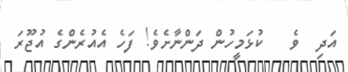
އަދި  ވެ   ކުޅަމީހުން ދަންނާށެވެ! ފަހެ އެއުރެންގެ އުޖޫރަ